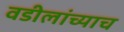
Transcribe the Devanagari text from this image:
वडीलांच्याच